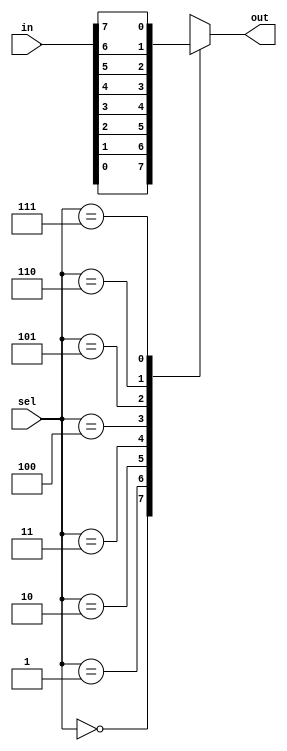
// 8 x 1 MUX using case statement
//----------------------------------
// Type : module
// Contact : mathewtg.mec@gmail.com
//------------------
//------------------
// Notes :- Example using case statement.

module mux8x1_proc (in, sel, out);
input [7:0] in;
input [2:0]sel;
output reg out;

always @(*)
begin
 case (sel)
 3'b000 : out = in[0];
 3'b001 : out = in[1];
 3'b010 : out = in[2];
 3'b011 : out = in[3];
 3'b100 : out = in[4];
 3'b101 : out = in[5];
 3'b110 : out = in[6];
 3'b111 : out = in[7];
 default : out = 1'bx;
 endcase
end

endmodule